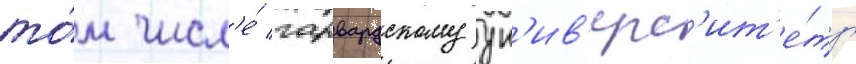
то́м числ'е́ гарвардскому ун'ив'ерс'ит'е́ту